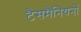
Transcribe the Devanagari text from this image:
टैसमैनियनों